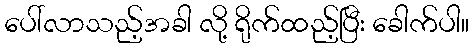
ပေါ်လာသည့်အခါ လို့ ရိုက်ထည့်ပြီး ခေါက်ပါ။